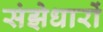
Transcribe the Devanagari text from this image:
संझेधारों